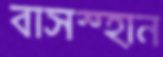
বাসস্হান